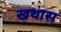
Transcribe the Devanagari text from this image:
खथास